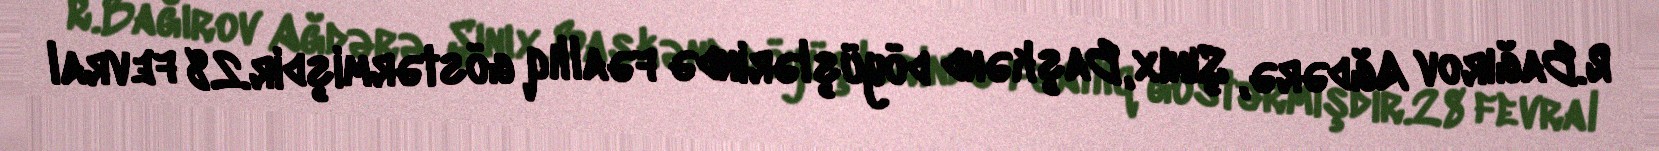
R.Bağırov Ağdərə, Şınıx, Başkənd döyüşlərində fəallıq göstərmişdir.28 fevral